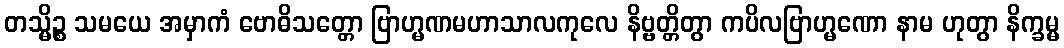
တသ္မိဉ္စ သမယေ အမှာကံ ဗောဓိသတ္တော ဗြာဟ္မဏမဟာသာလကုလေ နိဗ္ဗတ္တိတွာ ကပိလဗြာဟ္မဏော နာမ ဟုတွာ နိက္ခမ္မ